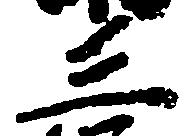
三